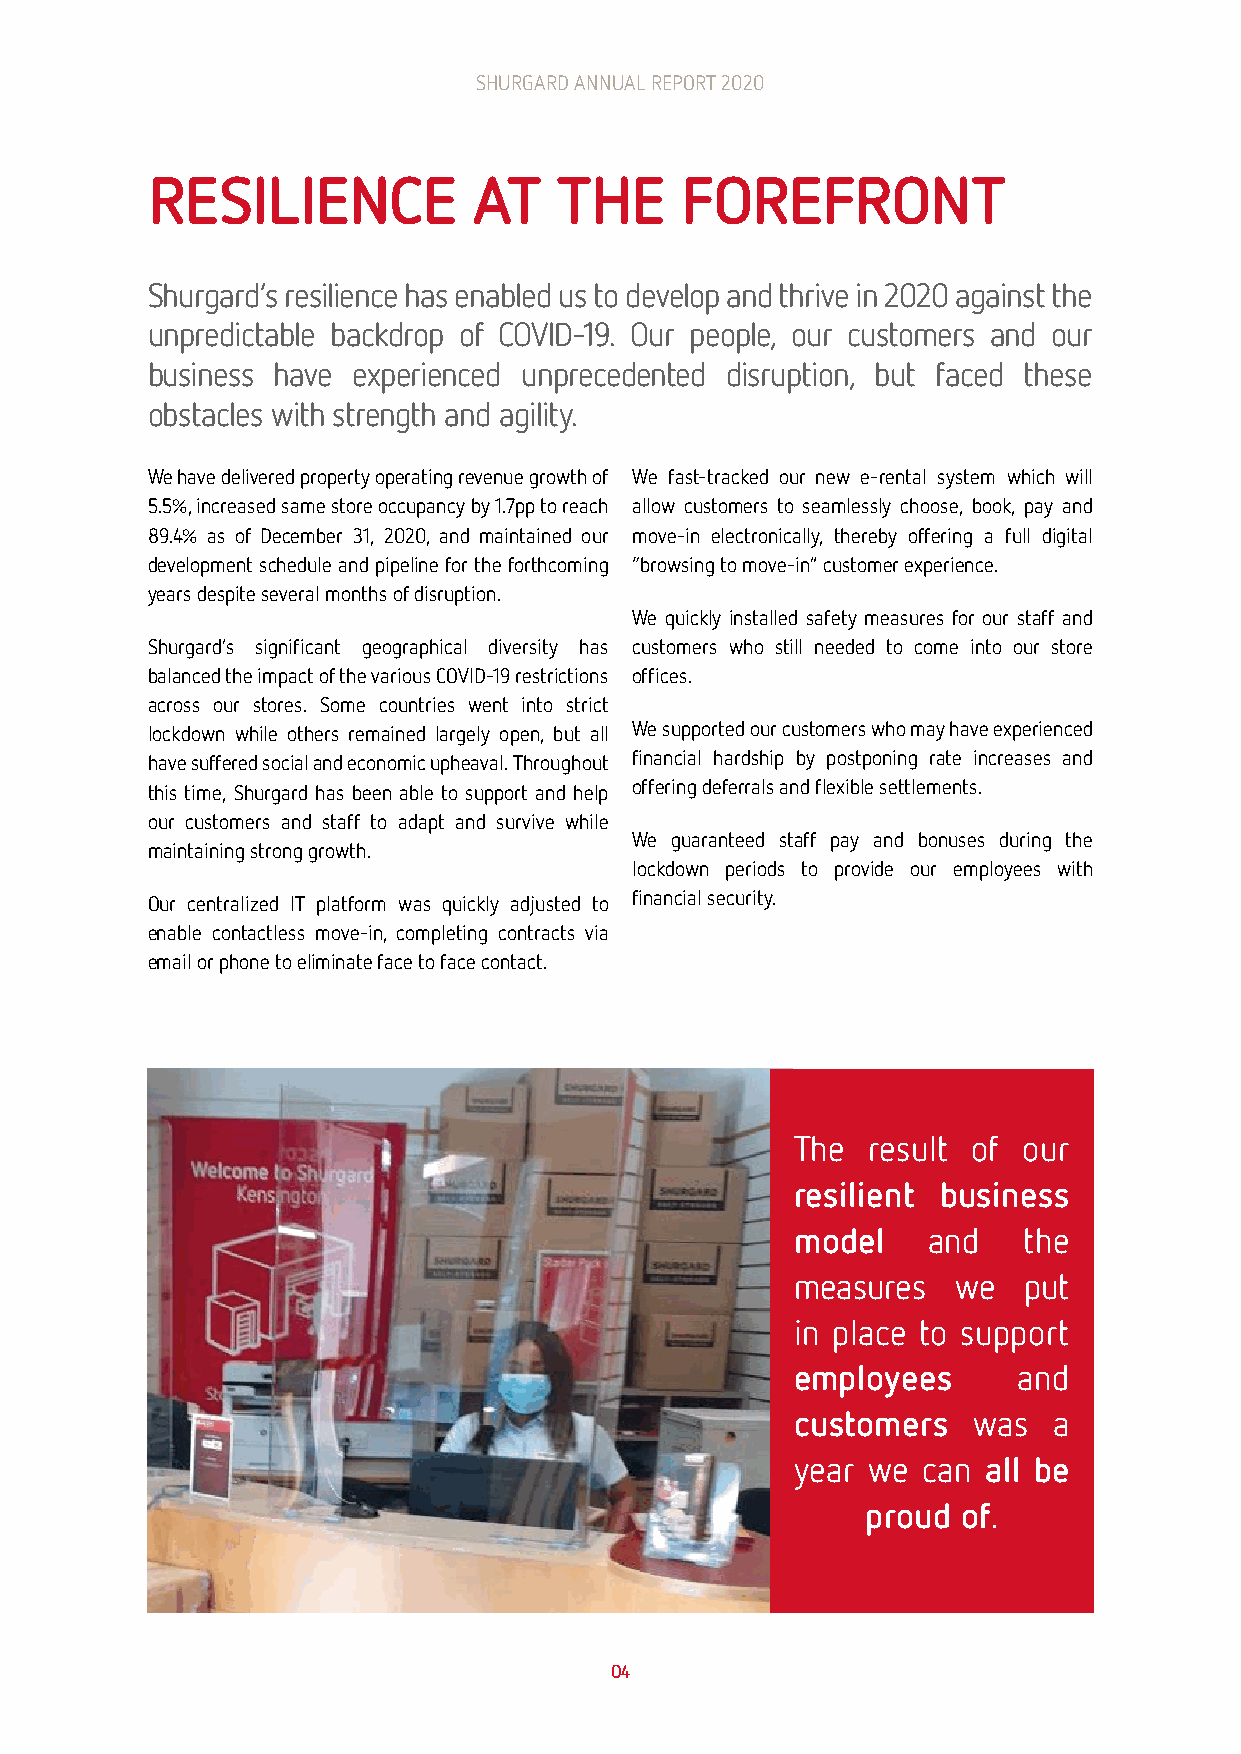
SHURGARD ANNUAL REPORT 2020                                                       SHURGARD ANNUAL REPORT 2020
 RESILIENCE           AT    THE     FOREFRONT
 Shurgard’s resilience has enabled us to develop and thrive in 2020 against the
 unpredictable backdrop of COVID-19. Our people, our customers and our
 business have experienced unprecedented disruption, but faced these
 obstacles with strength and agility.
 We have delivered property operating revenue growth of We fast-tracked our new e-rental system which will
 5.5%, increased same store occupancy by 1.7pp to reach allow customers to seamlessly choose, book, pay and
 89.4% as of December 31, 2020, and maintained our move-in electronically, thereby offering a full digital
 development schedule and pipeline for the forthcoming “browsing to move-in” customer experience.
 years despite several months of disruption.
 We quickly installed safety measures for our staff and
 Shurgard’s significant geographical diversity has customers who still needed to come into our store
 balanced the impact of the various COVID-19 restrictions offices.
 across our stores. Some countries went into strict
 lockdown while others remained largely open, but all We supported our customers who may have experienced
 have suffered social and economic upheaval. Throughout financial hardship by postponing rate increases and
 this time, Shurgard has been able to support and help offering deferrals and flexible settlements.
 our customers and staff to adapt and survive while
 We guaranteed staff pay and bonuses during the
 maintaining strong growth.
 lockdown periods to provide our employees with
 Our centralized IT platform was quickly adjusted to financial security.
 enable contactless move-in, completing contracts via
 email or phone to eliminate face to face contact.
 The result of  our
 resilient business
 model   and    the
 measures  we   put
 in place to support
 employees     and
 customers  was   a
 year we can all be
 proud  of.
 04